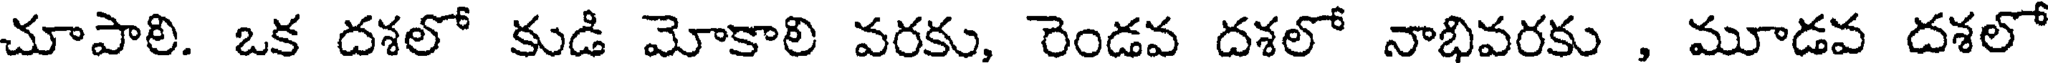
చూపాలి. ఒక దశలో కుడి మోకాలి వరకు, రెండవ దశలో నాభివరకు , మూడవ దశలో